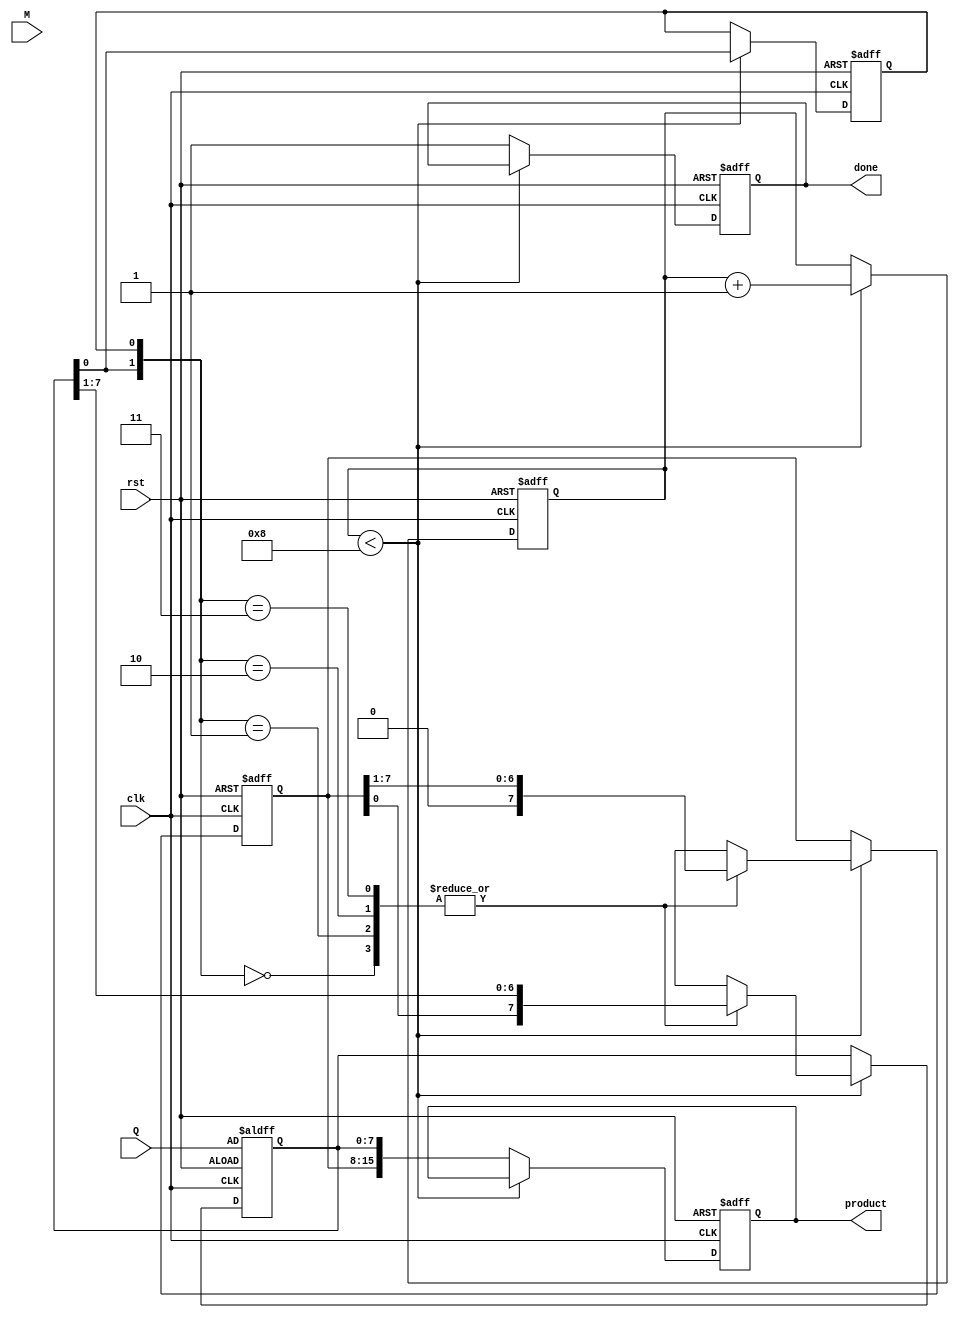
module booth_multiplier #(parameter WIDTH = 8) (
    input wire clk,
    input wire rst,
    input wire [WIDTH-1:0] M, // Multiplicand
    input wire [WIDTH-1:0] Q, // Multiplier
    output reg [2*WIDTH-1:0] product, // Final product
    output reg done // Indicates completion of multiplication
);

    reg [WIDTH-1:0] A; // Accumulator
    reg [WIDTH-1:0] Q_reg; // Multiplier register
    reg Q_minus_1; // Previous bit of Q
    reg [3:0] count; // Iteration counter

    // State machine for Booth's algorithm
    always @(posedge clk or posedge rst) begin
        if (rst) begin
            A <= 0;
            Q_reg <= Q;
            Q_minus_1 <= 0;
            count <= 0;
            product <= 0;
            done <= 0;
        end else if (count < WIDTH) begin
            case ({Q_reg[0], Q_minus_1})
                2'b00: begin
                    // No operation, just shift
                    {A, Q_reg} <= {A, Q_reg} >> 1;
                end
                2'b01: begin
                    // Add M to A
                    A <= A + M;
                    {A, Q_reg} <= {A, Q_reg} >> 1;
                end
                2'b10: begin
                    // Subtract M from A
                    A <= A - M;
                    {A, Q_reg} <= {A, Q_reg} >> 1;
                end
                2'b11: begin
                    // No operation, just shift
                    {A, Q_reg} <= {A, Q_reg} >> 1;
                end
            endcase
            
            // Update Q_minus_1 to the current Q[0]
            Q_minus_1 <= Q_reg[0];
            count <= count + 1;
        end else begin
            // After completing the iterations, store the result
            product <= {A, Q_reg};
            done <= 1; // Indicate that multiplication is done
        end
    end
endmodule